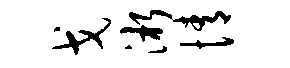
戈淅情